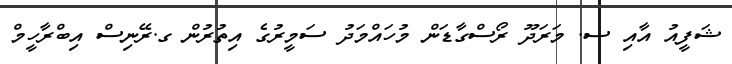
ޝަފީއު އާއި ސ. މަރަދޫ ރޯސްގާޑަން މުހައްމަދު ސަމީރުގެ އިތުރުން ގ.ރޭނިސް އިބްރާހީމް